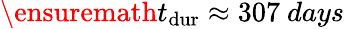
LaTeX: \ensuremath{t_{\mathrm{dur}}}\approx 307~days